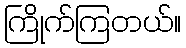
ကြိုက်ကြတယ်။